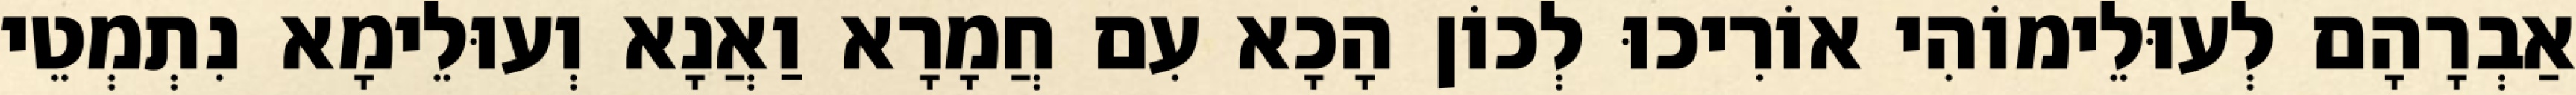
אַבְרָהָם לְעוּלֵימוֹהִי אוֹרִיכוּ לְכוֹן הָכָא עִם חֲמָרָא וַאֲנָא וְעוּלֵימָא נִתְמְטֵי